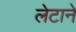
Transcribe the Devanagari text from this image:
लेटाने